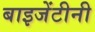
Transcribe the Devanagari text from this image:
बाइजेंटीनी